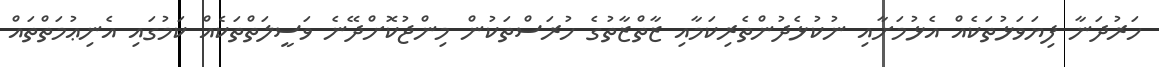
ހަރުދަނާ ފިޔަވަޅުތަކެއް އެޅުމަށާއި ނުކުޅެދުންތެރިކަމާއި ޒާތްޒާތުގެ ހުރަސްތަކުން މިންޖުކޮށްދޭނެ ވަސީލަތްތަކެއް ކަމުގައި އެނިޢުމަތްތައް